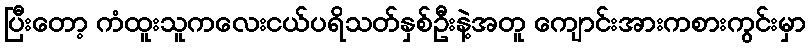
ပြီးတော့ ကံထူးသူကလေးငယ်ပရိသတ်နှစ်ဦးနဲ့အတူ ကျောင်းအားကစားကွင်းမှာ